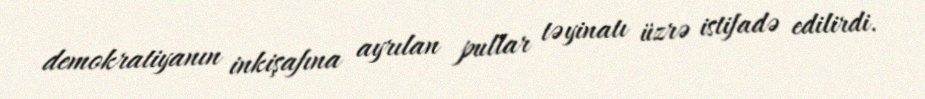
demokratiyanın inkişafına ayrılan pullar təyinatı üzrə istifadə edilirdi.